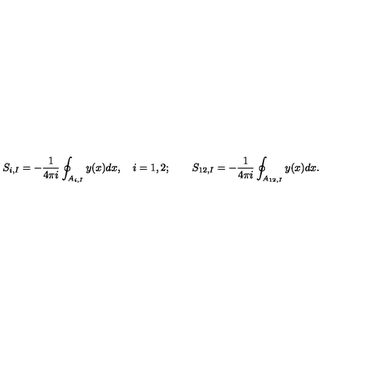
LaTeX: S _ { i , I } = - \frac { 1 } { 4 \pi i } \oint _ { A _ { i , I } } y ( x ) d x , \quad i = 1 , 2 ; \qquad S _ { 1 2 , I } = - \frac { 1 } { 4 \pi i } \oint _ { A _ { 1 2 , I } } y ( x ) d x .